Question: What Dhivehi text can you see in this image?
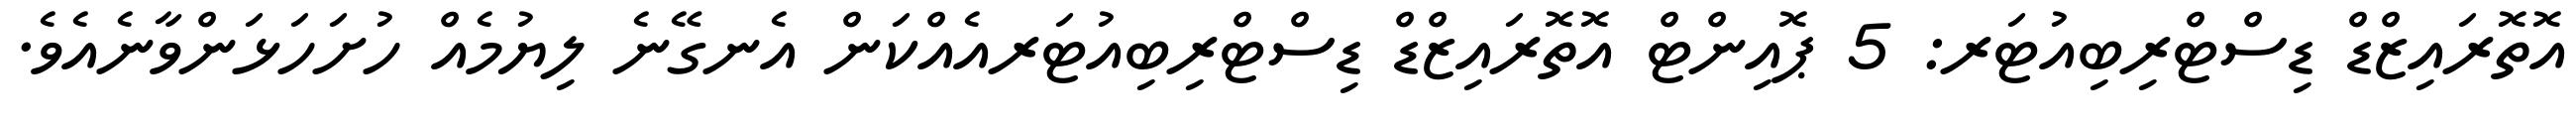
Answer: އޮތޮރައިޒްޑް ޑިސްޓްރިބިއުޓަރ: 5 ޕޮއިންޓް އޮތޮރައިޒްޑް ޑިސްޓްރިބިއުޓަރއެއްކަން އެނގޭނެ ލިޔުމެއް ހުށަހަޅަންވާނެއެވެ.